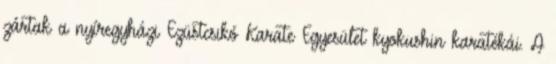
zártak a nyíregyházi Ezüstcsikó Karate Egyesület kyokushin karatékái. A